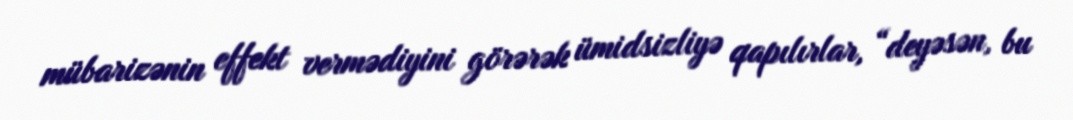
mübarizənin effekt vermədiyini görərək ümidsizliyə qapılırlar, “deyəsən, bu